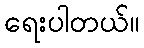
ရေးပါတယ်။